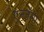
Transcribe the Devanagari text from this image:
एन्जेंगो